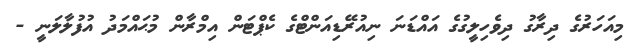
މިއަހަރުގެ ދިރާގު ދިވެހިލީގުގެ އައްޑަނަ ނިއުރޭޑިއަންޓްގެ ކެޕްޓަން އިމްރާން މުޙައްމަދު އުފުލާލަނީ -